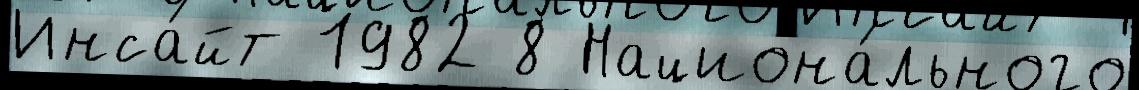
Инса́йт 1982 8 Национа́льного